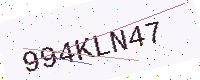
Text: 994KLN47